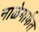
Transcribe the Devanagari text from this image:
नाळेमार्फत